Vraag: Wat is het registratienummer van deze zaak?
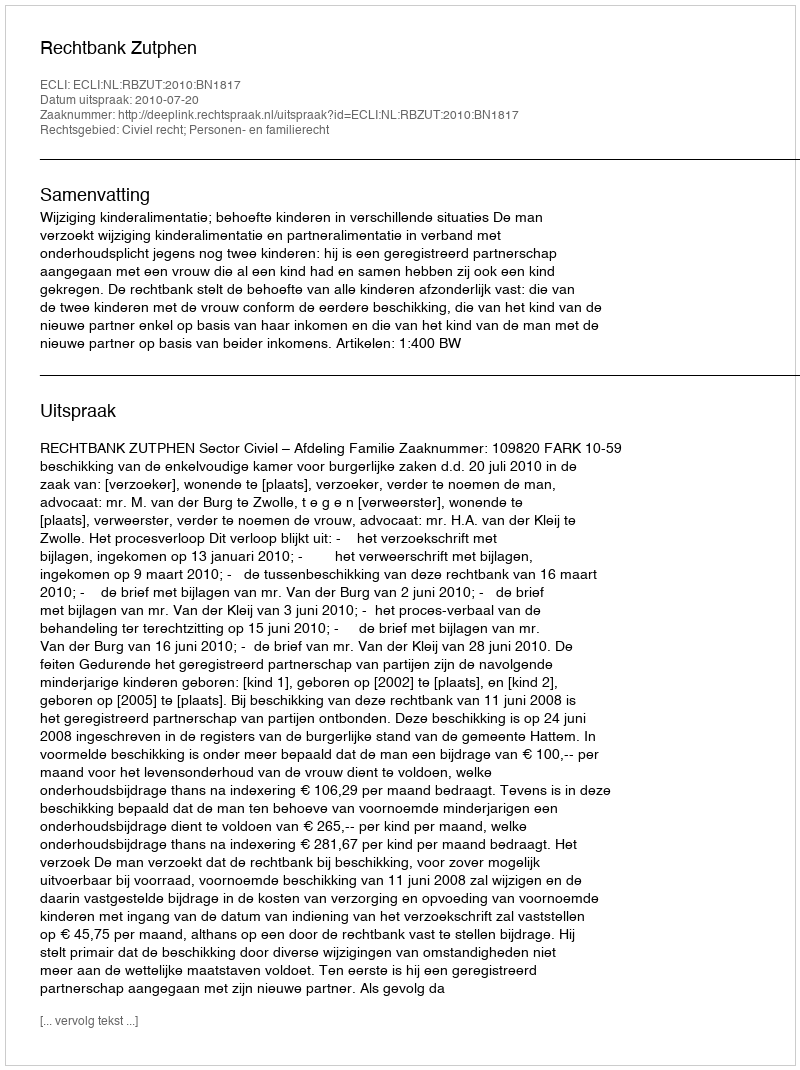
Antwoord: http://deeplink.rechtspraak.nl/uitspraak?id=ECLI:NL:RBZUT:2010:BN1817